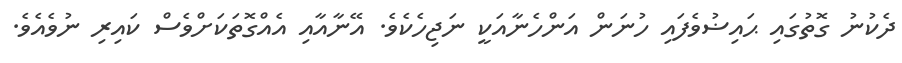
ދެކުނު ގޮތުގައި ޙައިޟުވެފައި ހުނަން އަންހެނާއަކީ ނަޖިހެކެވެ. އޭނާއާއި އެއްގޮތަކަށްވެސް ކައިރި ނުވެއެވެ.